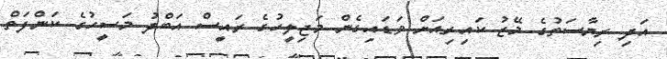
އަދި ރިޔާސަތުގެ މޭޒު ކައިރިއަށް ވަޑައިގެން މަޖިލީހުގެ ރައީސް އަބްދު މަސީހުގެ ކަންފަތް